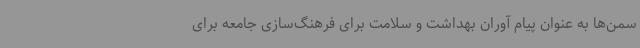
سمن‌ها به عنوان پیام آوران بهداشت و سلامت برای فرهنگ‌سازی جامعه برای